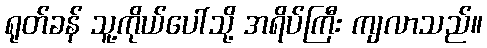
ရုတ်ခန် သူ့ကိုယ်ပေါ်သို့ အရိပ်ကြီး ကျလာသည်။